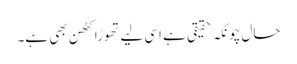
حال چونکہ حقیقی ہے اسی لیے تھوڑا کٹھن بھی ہے۔